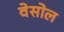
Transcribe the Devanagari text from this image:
वेसोल